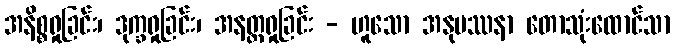
အနိစ္စရှုခြင်း၊ ဒုက္ခရှုခြင်း၊ အနတ္တရှုခြင်း - ဟူသော အနုပဿနာ တောသုံးထောင်သာ